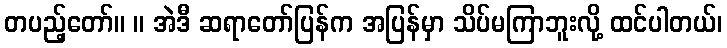
တပည့်တော်။ ။ အဲဒီ ဆရာတော်ပြန်က အပြန်မှာ သိပ်မကြာဘူးလို့ ထင်ပါတယ်၊